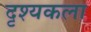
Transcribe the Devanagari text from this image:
दृश्‍यकला